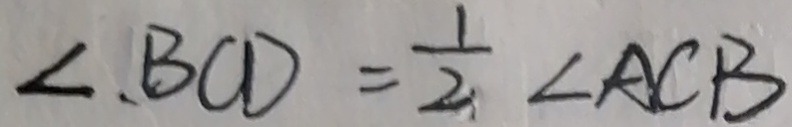
\angle B C D = \frac { 1 } { 2 } \angle A C B